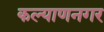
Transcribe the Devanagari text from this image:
कल्याणनगर